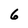
Character: 6